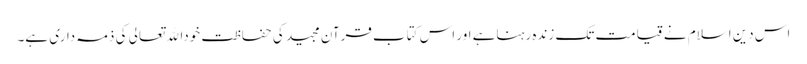
اس دین اسلام نے قیامت تک زندہ رہناہے اور اس کتاب قرآن مجید کی حفاظت خوداﷲتعالی کی ذمہ داری ہے۔